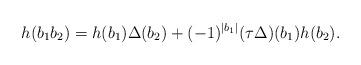
LaTeX: \begin{align*}h(b_1b_2)=h(b_1)\Delta(b_2)+(-1)^{|b_1|}(\tau\Delta)(b_1)h(b_2).\end{align*}